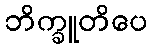
ဘိက္ခူတိပေ